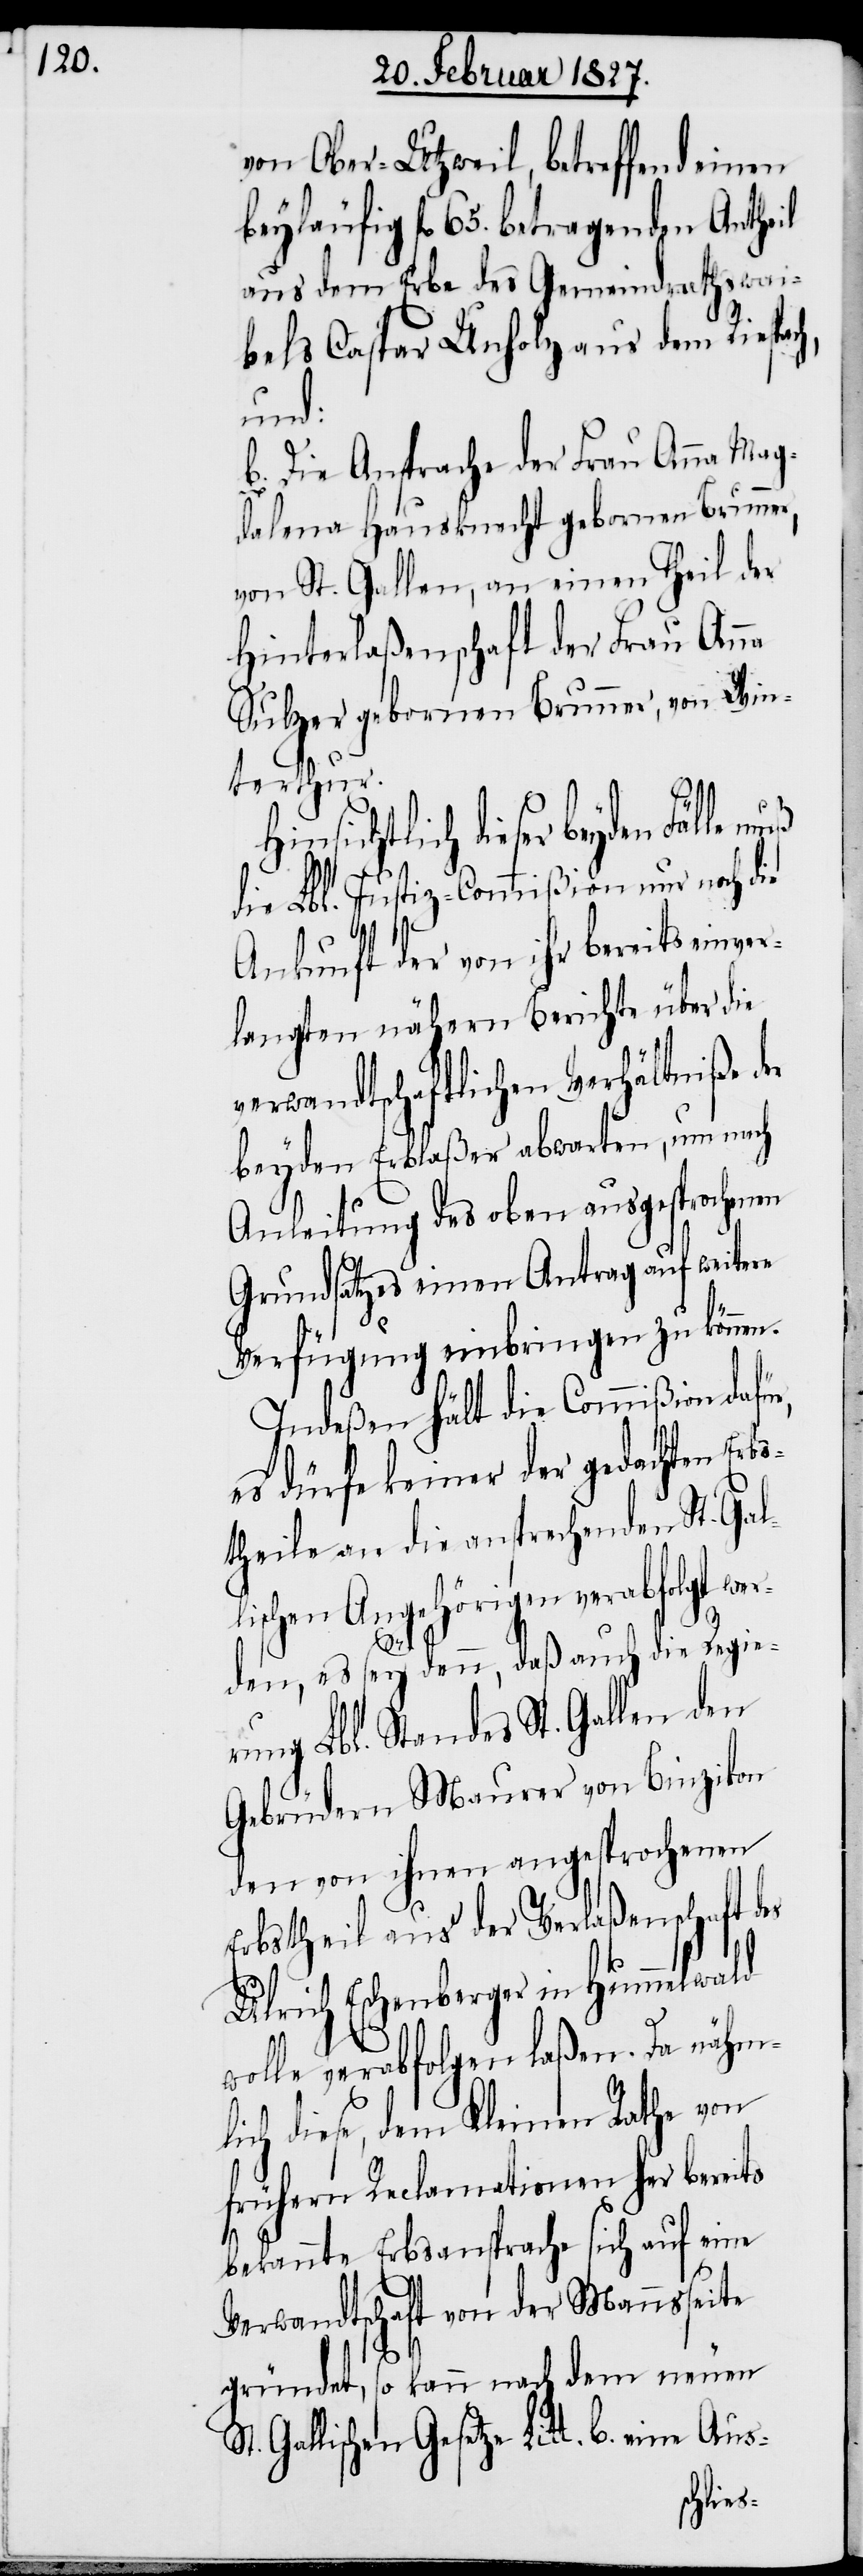
von Ober-Utzweil, betreffend einen
beyläufig fl. 65. betragenden Antheil
aus dem Erbe des Gemeindrathswai¬
bels Caspar Unholz aus dem Riespa¬
ung
b. Die Ansprache der Frau Anna Mag¬
dalena Hausknecht geborne Brunner,
von St. Gallen, an einen Theil der
Hinterlaßenschaft der Frau Anna
Sulzer gebornen Brunner, von Win¬
terthur.
Hinsichtlich dieser beyden
die Lbl. Justiz-Commißion nur noch die
Ankunft der von ihr bereits einver¬
langten nähern Berichte über die
verwandtschaftlichen Verhältniße der
beyden Erblaßer abwarten, um nach
Anleitung des oben ausgesprochenen
Grundsatzes einen Antrag auf weitere
Verfügung einbringen zu können.
Indeßen hält die Commißion dafü¬
es dürfe keiner der gedachten Erb¬
stheile an die ansprechenden St. Gal¬
lischen Angehörigen verabfolgt we¬
rden, es sey denn, daß auch die Regier¬
des Lbl. Standes St. Gallen den
Gebrüdern Mauerer von Binzikon
den von ihnen angesprochenen
Erbstheil aus der Verlaßenschaft des
Ulrich Eschenberger in Hummelwald
wolle verabfolgen laßen. Da nähm¬
lich diese, dem Kleinen Rathe von
frühern Reclamationen her bereits
S¬
bekannte Erbsansprache sich auf eine
Verwandtschaft von der Mannsseite
gründet, so kann nach dem neuen
t. Gallischen Gesetze Litt. b. eine Aus-